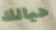
حيالك